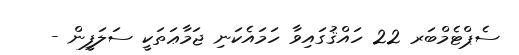
ސެޕްޓެމްބަރ 22 ހައްޤުގައިވާ ހަމައެކަނި ޖަމާޢަތަކީ ސަލަފީން -